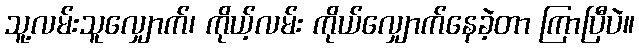
သူ့လမ်းသူလျှောက်၊ ကိုယ့်လမ်း ကိုယ်လျှောက်နေခဲ့တာ ကြာပြီပဲ။